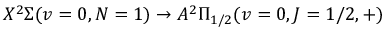
X ^ { 2 } \Sigma ( v = 0 , N = 1 ) \rightarrow A ^ { 2 } \Pi _ { 1 / 2 } ( v = 0 , J = 1 / 2 , + )